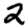
Digit: 2